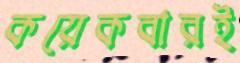
কয়েকবারই